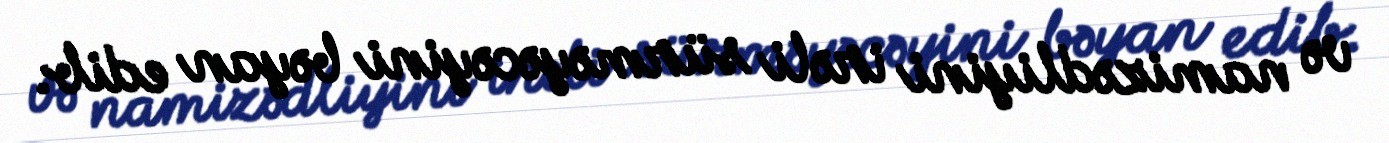
və namizədliyini irəli sürməyəcəyini bəyan edib.